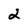
Character: 2